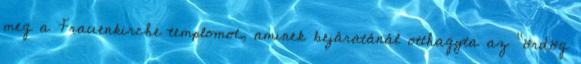
meg a Frauenkirche templomot, aminek bejáratánál otthagyta az "ördög